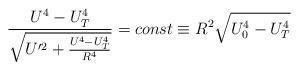
LaTeX: \begin{align*}\frac{U^4 - U_T^4}{\sqrt{U^{\prime 2} + \frac{U^4 - U_T^4}{R^4}}} = const \equiv R^2 \sqrt{U_0^4 - U_T^4}\end{align*}